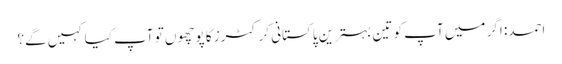
احمد: اگر میں آپ کو تین بہترین پاکستانی کرکٹرز کا پوچھوں تو آپ کیا کہیں گے؟